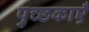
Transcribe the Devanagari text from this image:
पुच्छकाएँ